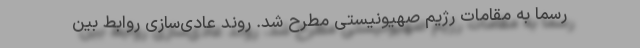
رسماً به مقامات رژیم صهیونیستی مطرح شد. روند عادی‌سازی روابط بین